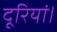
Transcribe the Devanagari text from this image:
दूरियां।